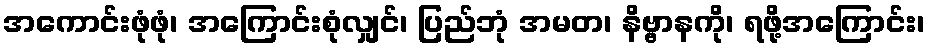
အကောင်းဖုံဖုံ၊ အကြောင်းစုံလျှင်၊ ပြည်ဘုံ အမတ၊ နိဗ္ဗာနကို၊ ရဖို့အကြောင်း၊